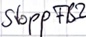
Text: StoppFB2